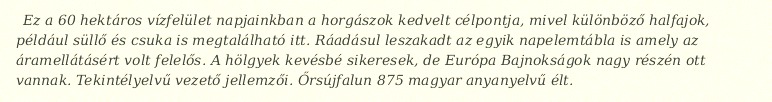
Ez a 60 hektáros vízfelület napjainkban a horgászok kedvelt célpontja, mivel különböző halfajok, például süllő és csuka is megtalálható itt. Ráadásul leszakadt az egyik napelemtábla is amely az áramellátásért volt felelős. A hölgyek kevésbé sikeresek, de Európa Bajnokságok nagy részén ott vannak. Tekintélyelvű vezető jellemzői. Őrsújfalun 875 magyar anyanyelvű élt.